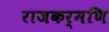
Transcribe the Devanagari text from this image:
राजकर्मणि